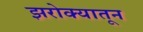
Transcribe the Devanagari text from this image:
झरोक्यातून